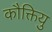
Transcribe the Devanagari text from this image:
कौक्तियु